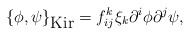
\begin{align*}\{\phi,\psi\}_{\mbox{Kir}}=f_{ij}^k \xi_k\partial^i \phi \partial^j \psi,\end{align*}